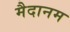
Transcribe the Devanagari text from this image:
मैदानम